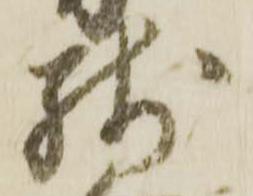
残